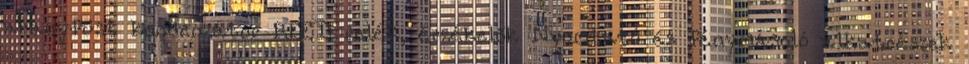
aranyfüst kondenzátor REED relék, érzékelők Nyomtató és fénymásoló alkatrészek